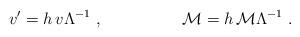
LaTeX: \begin{align*}v ' = h \,v \Lambda ^{-1} \ , \hskip 2 cm {\cal M} = h \, {\cal M} \Lambda^{-1} \ .\end{align*}